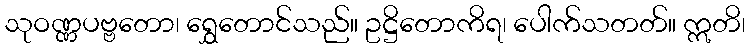
သုဝဏ္ဏပဗ္ဗတော၊ ရွှေတောင်သည်။ ဥဋ္ဌိတောကိရ၊ ပေါက်သတတ်။ ဣတိ၊